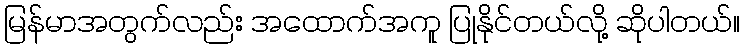
မြန်မာအတွက်လည်း အထောက်အကူ ပြုနိုင်တယ်လို့ ဆိုပါတယ်။